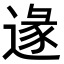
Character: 𨔵